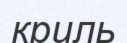
криль